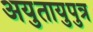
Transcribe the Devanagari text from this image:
अयुतायुपुत्र